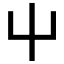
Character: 屮